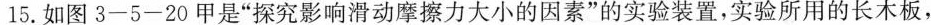
15.如图3-5-20甲是”探究影响滑动摩擦力大小的因素”的实验装置，实验所用的长木板，